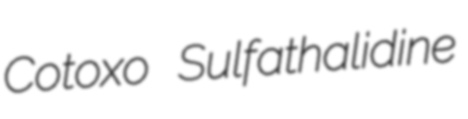
Cotoxo Sulfathalidine